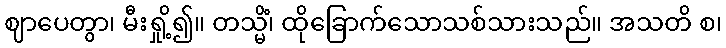
ဈာပေတွာ၊ မီးရှို့၍။ တသ္မိံ၊ ထိုခြောက်သောသစ်သားသည်။ အသတိ စ၊